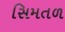
સિમતળ